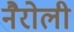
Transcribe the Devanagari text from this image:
नैरोली